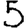
Digit: 5